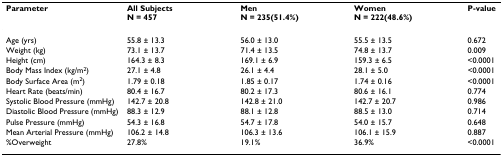
<table><thead><tr><td><b>Parameter</b></td><td><b>All SubjectsN = 457</b></td><td><b>MenN = 235(51.4%)</b></td><td><b>WomenN = 222(48.6%)</b></td><td><b>P-value</b></td></tr></thead><tbody><tr><td>Age (yrs)</td><td>55.8 ± 13.3</td><td>56.0 ± 13.0</td><td>55.5 ± 13.5</td><td>0.672</td></tr><tr><td>Weight (kg)</td><td>73.1 ± 13.7</td><td>71.4 ± 13.5</td><td>74.8 ± 13.7</td><td>0.009</td></tr><tr><td>Height (cm)</td><td>164.3 ± 8.3</td><td>169.1 ± 6.9</td><td>159.3 ± 6.5</td><td>&lt;0.0001</td></tr><tr><td>Body Mass Index (kg/m<sup>2</sup>)</td><td>27.1 ± 4.8</td><td>26.1 ± 4.4</td><td>28.1 ± 5.0</td><td>&lt;0.0001</td></tr><tr><td>Body Surface Area (m<sup>2</sup>)</td><td>1.79 ± 0.18</td><td>1.85 ± 0.17</td><td>1.74 ± 0.16</td><td>&lt;0.0001</td></tr><tr><td>Heart Rate (beats/min)</td><td>80.4 ± 16.7</td><td>80.2 ± 17.3</td><td>80.6 ± 16.1</td><td>0.774</td></tr><tr><td>Systolic Blood Pressure (mmHg)</td><td>142.7 ± 20.8</td><td>142.8 ± 21.0</td><td>142.7 ± 20.7</td><td>0.986</td></tr><tr><td>Diastolic Blood Pressure (mmHg)</td><td>88.3 ± 12.9</td><td>88.1 ± 12.8</td><td>88.5 ± 13.0</td><td>0.714</td></tr><tr><td>Pulse Pressure (mmHg)</td><td>54.3 ± 16.8</td><td>54.7 ± 17.8</td><td>54.0 ± 15.7</td><td>0.648</td></tr><tr><td>Mean Arterial Pressure (mmHg)</td><td>106.2 ± 14.8</td><td>106.3 ± 13.6</td><td>106.1 ± 15.9</td><td>0.887</td></tr><tr><td>%Overweight</td><td>27.8%</td><td>19.1%</td><td>36.9%</td><td>&lt;0.0001</td></tr></tbody></table>